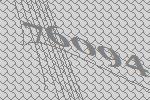
76094